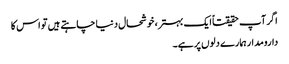
اگر آپ حقیقتاً ایک بہتر، خوشحال دنیا چاہتے ہیں تو اس کا
دارومدار ہمارے دلوں پر ہے۔